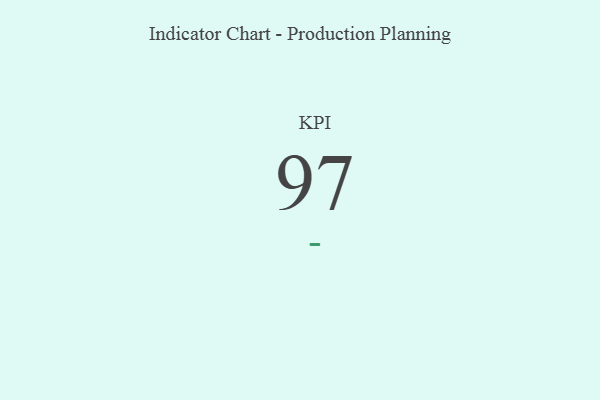
{"axis": {"x": "KPI", "y": "Value"}, "legend": [""], "data": [{"x": "KPI", "y": 97, "type": ""}]}